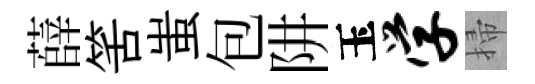
薛筈蚩包阱玉学掃